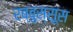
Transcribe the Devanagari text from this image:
रब्बुस्सूस